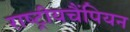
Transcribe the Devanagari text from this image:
राष्ट्रीयचैंपियन